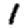
Digit: 1